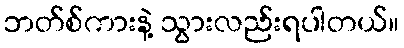
ဘတ်စ်ကားနဲ့ သွားလည်းရပါတယ်။